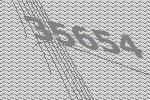
35654